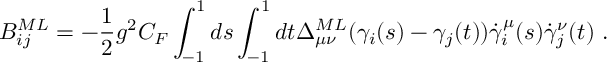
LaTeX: { \cal B } _ { i j } ^ { M L } = - { \frac { 1 } { 2 } } g ^ { 2 } C _ { F } \int _ { - 1 } ^ { 1 } d s \int _ { - 1 } ^ { 1 } d t \Delta _ { \mu \nu } ^ { M L } ( \gamma _ { i } ( s ) - \gamma _ { j } ( t ) ) \dot { \gamma } _ { i } ^ { \mu } ( s ) \dot { \gamma } _ { j } ^ { \nu } ( t ) \ .